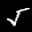
Label: 5